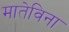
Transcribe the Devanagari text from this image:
मातेविना